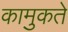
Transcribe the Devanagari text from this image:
कामुकते